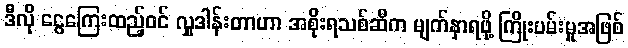
ဒီလို ငွေကြေးထည့်ဝင် လှူဒါန်းတာဟာ အစိုးရသစ်ဆီက မျက်နှာရဖို့ ကြိုးပမ်းမှုအဖြစ်